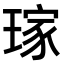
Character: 𤨎